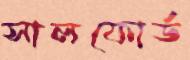
সালফোর্ড